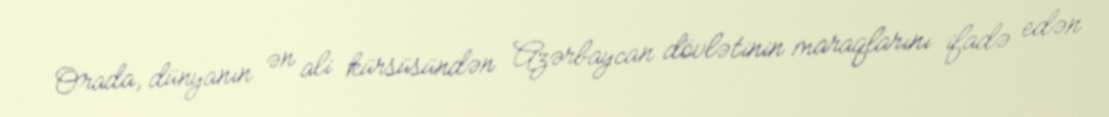
Orada, dünyanın ən ali kürsüsündən Azərbaycan dövlətinin maraqlarını ifadə edən